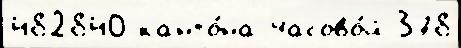
482840 канто́на Часово́й 378